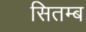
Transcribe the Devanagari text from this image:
सितम्ब